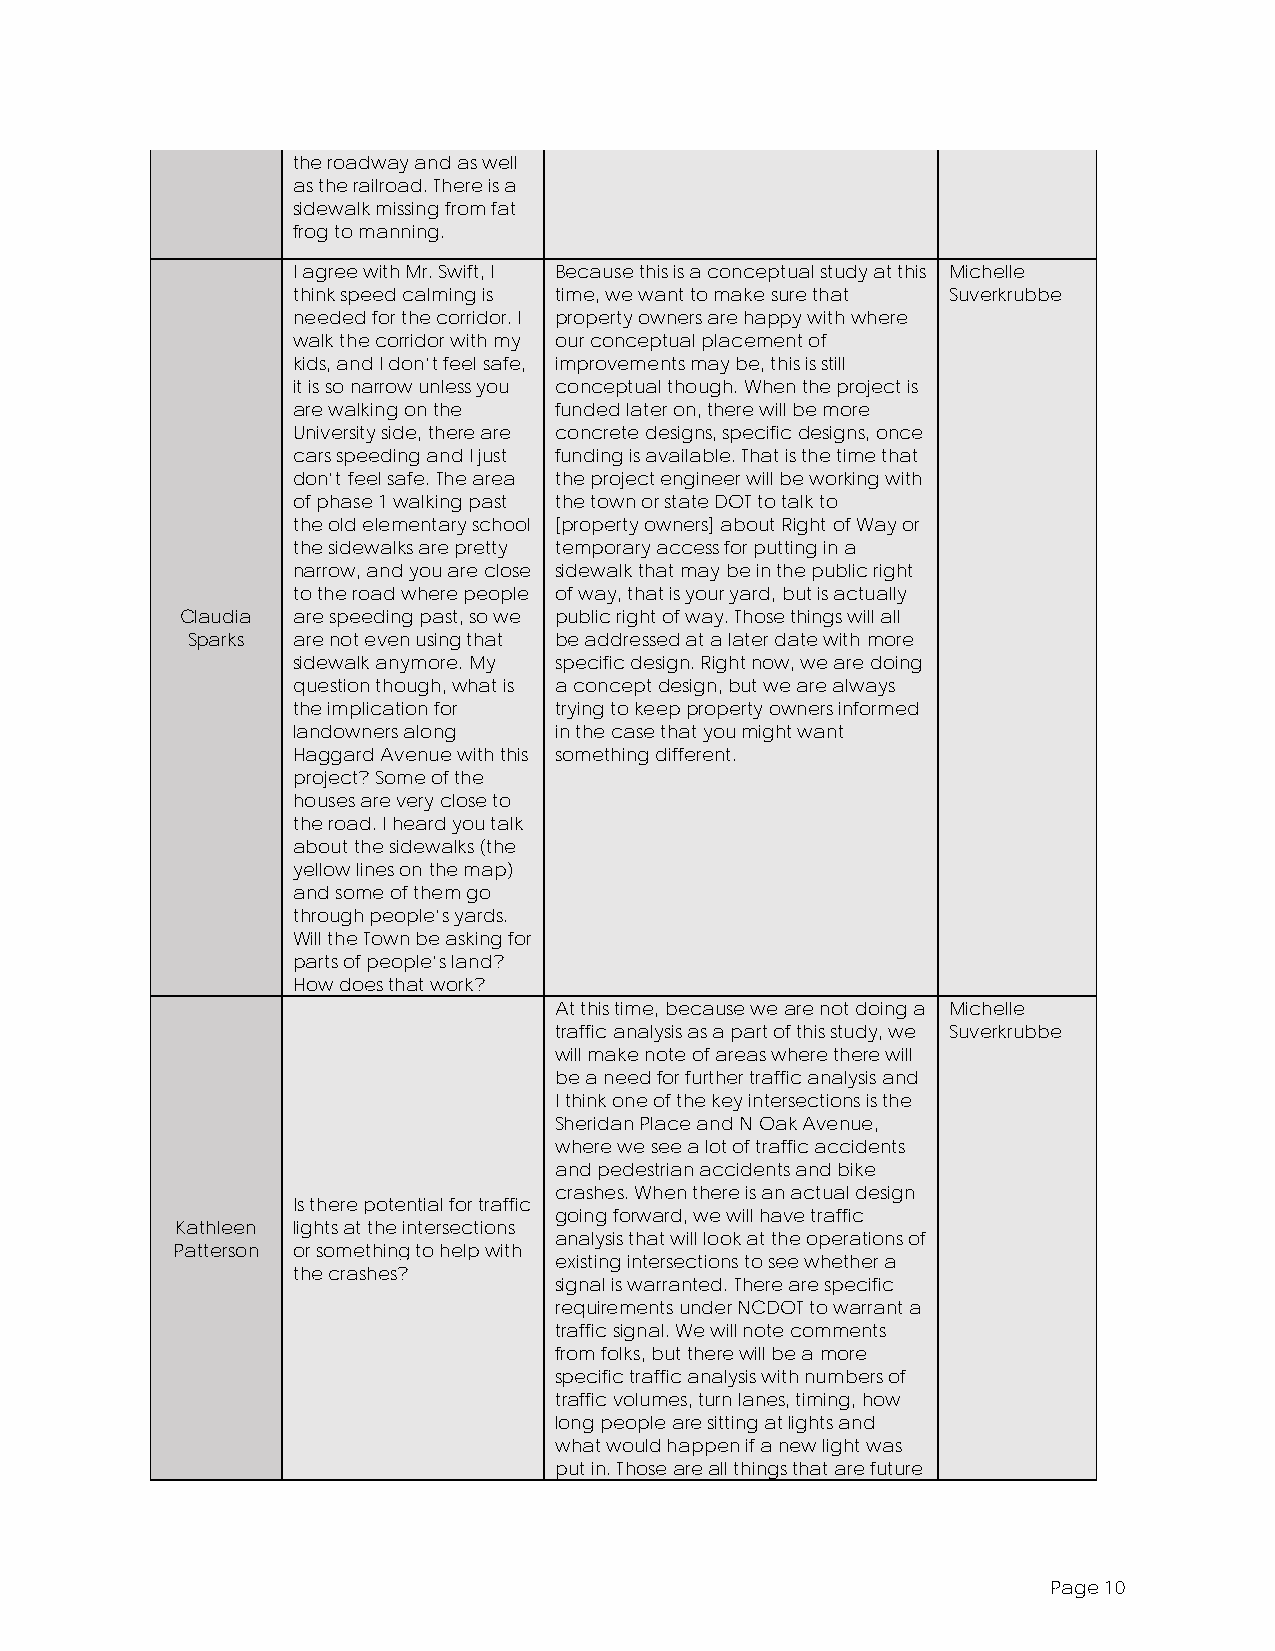
the roadway and as well
 as the railroad. There is a
 sidewalk missing from fat
 frog to manning.
 I agree with Mr. Swift, I Because this is a conceptual study at this Michelle
 think speed calming is time, we want to make sure that Suverkrubbe
 needed for the corridor. I property owners are happy with where
 walk the corridor with my our conceptual placement of
 kids, and I don’t feel safe, improvements may be, this is still
 it is so narrow unless you conceptual though. When the project is
 are walking on the funded later on, there will be more
 University side, there are concrete designs, specific designs, once
 cars speeding and I just funding is available. That is the time that
 don’t feel safe. The area the project engineer will be working with
 of phase 1 walking past the town or state DOT to talk to
 the old elementary school [property owners] about Right of Way or
 the sidewalks are pretty temporary access for putting in a
 narrow, and you are close sidewalk that may be in the public right
 to the road where people of way, that is your yard, but is actually
 Claudia are speeding past, so we public right of way. Those things will all
 Sparks are not even using that be addressed at a later date with more
 sidewalk anymore. My specific design. Right now, we are doing
 question though, what is a concept design, but we are always
 the implication for trying to keep property owners informed
 landowners along  in the case that you might want
 Haggard Avenue with this something different.
 project? Some of the
 houses are very close to
 the road. I heard you talk
 about the sidewalks (the
 yellow lines on the map)
 and some of them go
 through people’s yards.
 Will the Town be asking for
 parts of people’s land?
 How does that work?
 At this time, because we are not doing a Michelle
 traffic analysis as a part of this study, we Suverkrubbe
 will make note of areas where there will
 be a need for further traffic analysis and
 I think one of the key intersections is the
 Sheridan Place and N Oak Avenue,
 where we see a lot of traffic accidents
 and pedestrian accidents and bike
 crashes. When there is an actual design
 Is there potential for traffic
 going forward, we will have traffic
 Kathleen lights at the intersections
 analysis that will look at the operations of
 Patterson or something to help with
 existing intersections to see whether a
 the crashes?
 signal is warranted. There are specific
 requirements under NCDOT to warrant a
 traffic signal. We will note comments
 from folks, but there will be a more
 specific traffic analysis with numbers of
 traffic volumes, turn lanes, timing, how
 long people are sitting at lights and
 what would happen if a new light was
 put in. Those are all things that are future
 Page 10